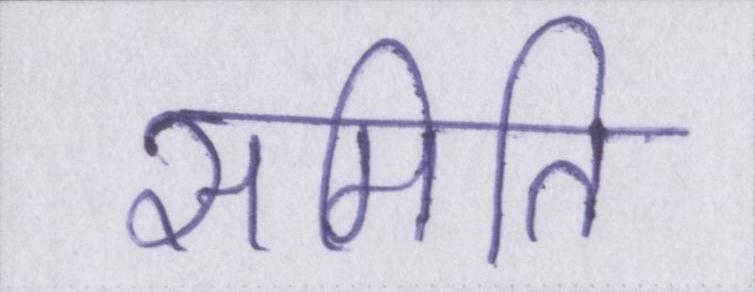
समिति